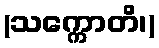
(သက္ကောတိ၊)